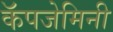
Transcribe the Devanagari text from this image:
कॅपजेमिनी